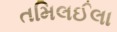
તમિલઈલા